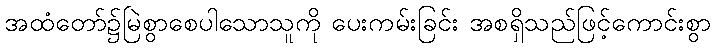
အထံတော်၌မြဲစွာစေပါသောသူကို ပေးကမ်းခြင်း အစရှိသည်ဖြင့်ကောင်းစွာ